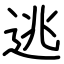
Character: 逃